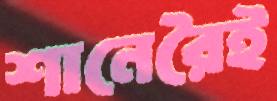
শানেরৈই